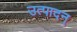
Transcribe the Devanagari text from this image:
उत्पादन्